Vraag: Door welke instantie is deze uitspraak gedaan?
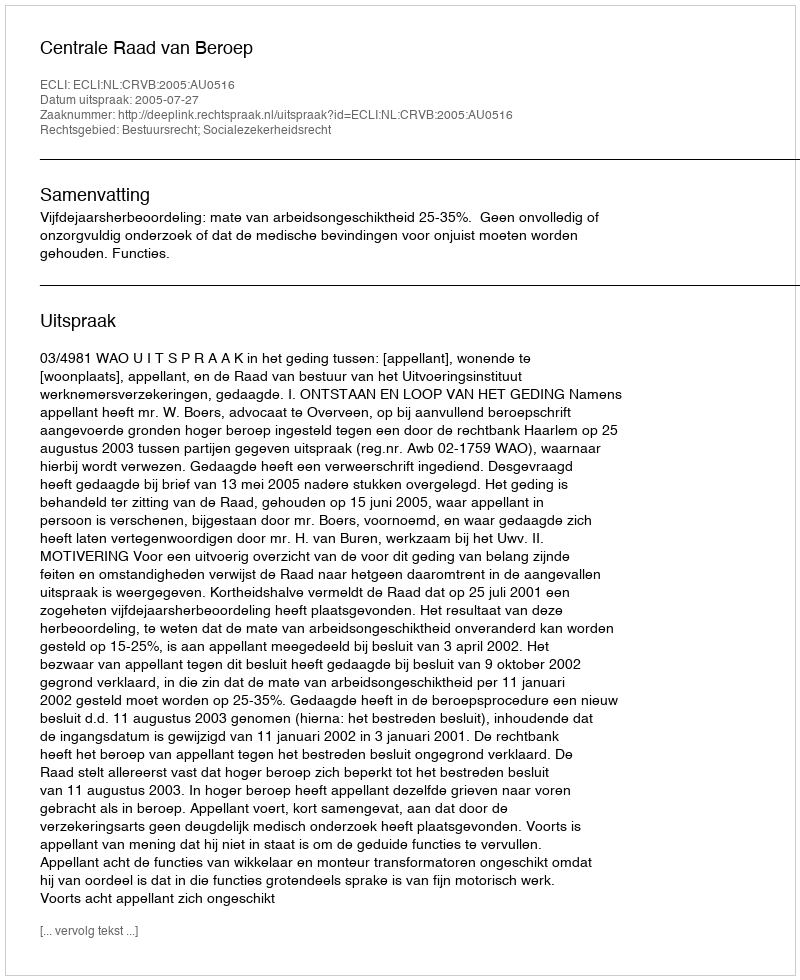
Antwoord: Centrale Raad van Beroep